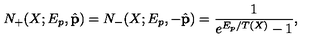
N _ { + } ( X ; E _ { p } , \hat { \bf p } ) = N _ { - } ( X ; E _ { p } , - \hat { \bf p } ) = \frac { 1 } { e ^ { E _ { p } / T ( X ) } - 1 } ,